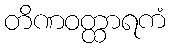
တိဏဝတ္ထာရကံ